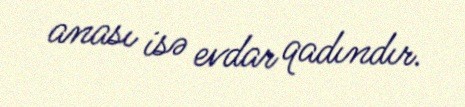
anası isə evdar qadındır.